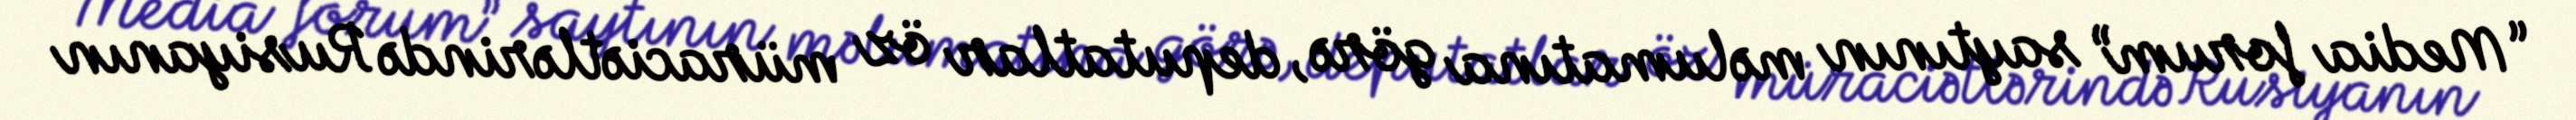
“Media forum” saytının məlumatına görə, deputatlar öz müraciətlərində Rusiyanın